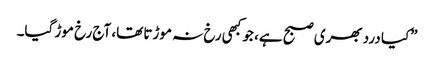
”کیا درد بھری صبح ہے، جو کبھی رخ نہ موڑتا تھا، آج رخ موڑ گیا۔